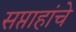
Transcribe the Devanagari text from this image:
सप्ताहांचे